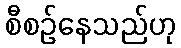
စီစဉ်နေသည်ဟု